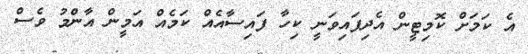
އެ ކަމަށް ކޮމިޓީން އެދިފައިވަނީ ކިހާ ފައިސާއެއް ކަމެއް އަމީން އާންމު ވެސް